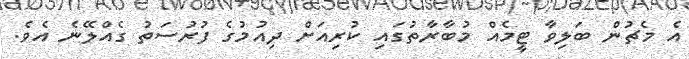
އެ މެޗުން ބަލިވާ ޓީމެއް މުބާރާތުގައި ކުރިއަށް ދިއުމުގެ ފުރުސަތު ގެއްލޭނެ އެވެ.